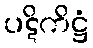
ပဋိကိဋ္ဌံ